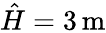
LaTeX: \hat{H}=3\, \mathrm{m}